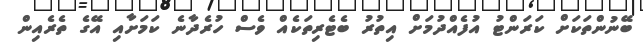
ބޭނުންތަކަށް ކަރަންޓު އުފެއްދުމަށް އިތުރު ބެޓެރިތަކެއް ވެސް ހުރެދާނެ ކަމަށާއި އޭގެ ތެރެއިން